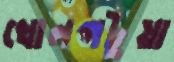
খোলপটুয়া